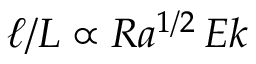
\ell / L \propto R a ^ { 1 / 2 } \, E k